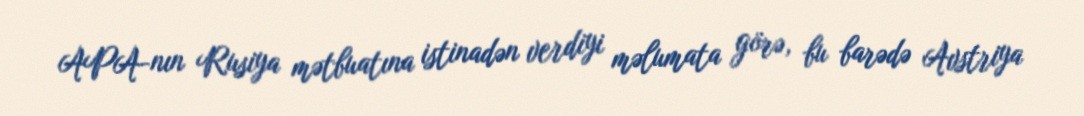
APA-nın Rusiya mətbuatına istinadən verdiyi məlumata görə, bu barədə Avstriya